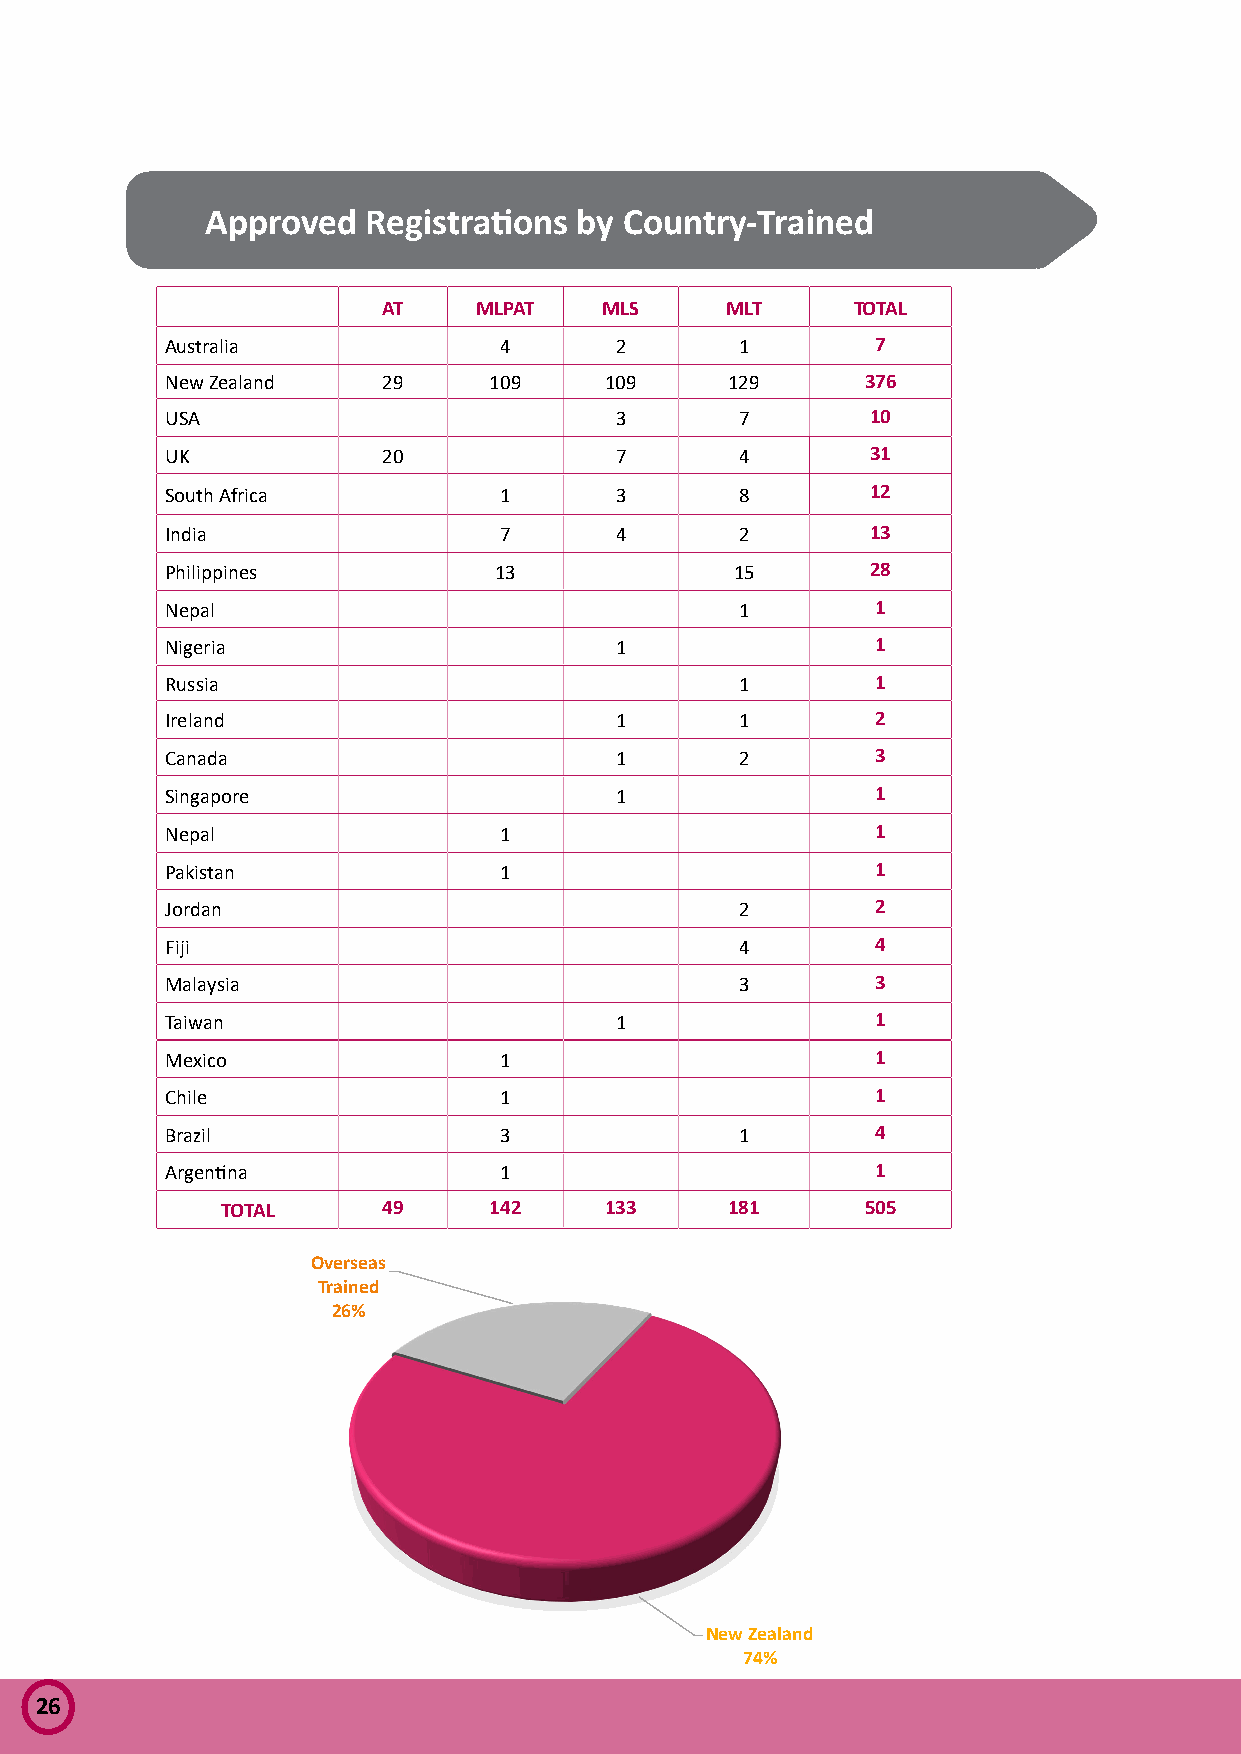
Approved  Registrations by Country-Trained
 AT     MLPAT   MLS     MLT     TOTAL
 Australia             4       2       1        7
 New Zealand   29     109     109     129      376
 USA                           3       7        10
 UK            20              7       4        31
 South Africa          1       3       8        12
 India                 7       4       2        13
 Philippines           13              15       28
 Nepal                                 1        1
 Nigeria                       1                1
 Russia                                1        1
 Ireland                       1       1        2
 Canada                        1       2        3
 Singapore                     1                1
 Nepal                 1                        1
 Pakistan              1                        1
 Jordan                                2        2
 Fiji                                  4        4
 Malaysia                              3        3
 Taiwan                        1                1
 Mexico                1                        1
 Chile                 1                        1
 Brazil                3               1        4
 Argentina             1                        1
 TOTAL     49     142     133     181      505
 Overseas
 Trained
 26%
 New Zealand
 74%
 26